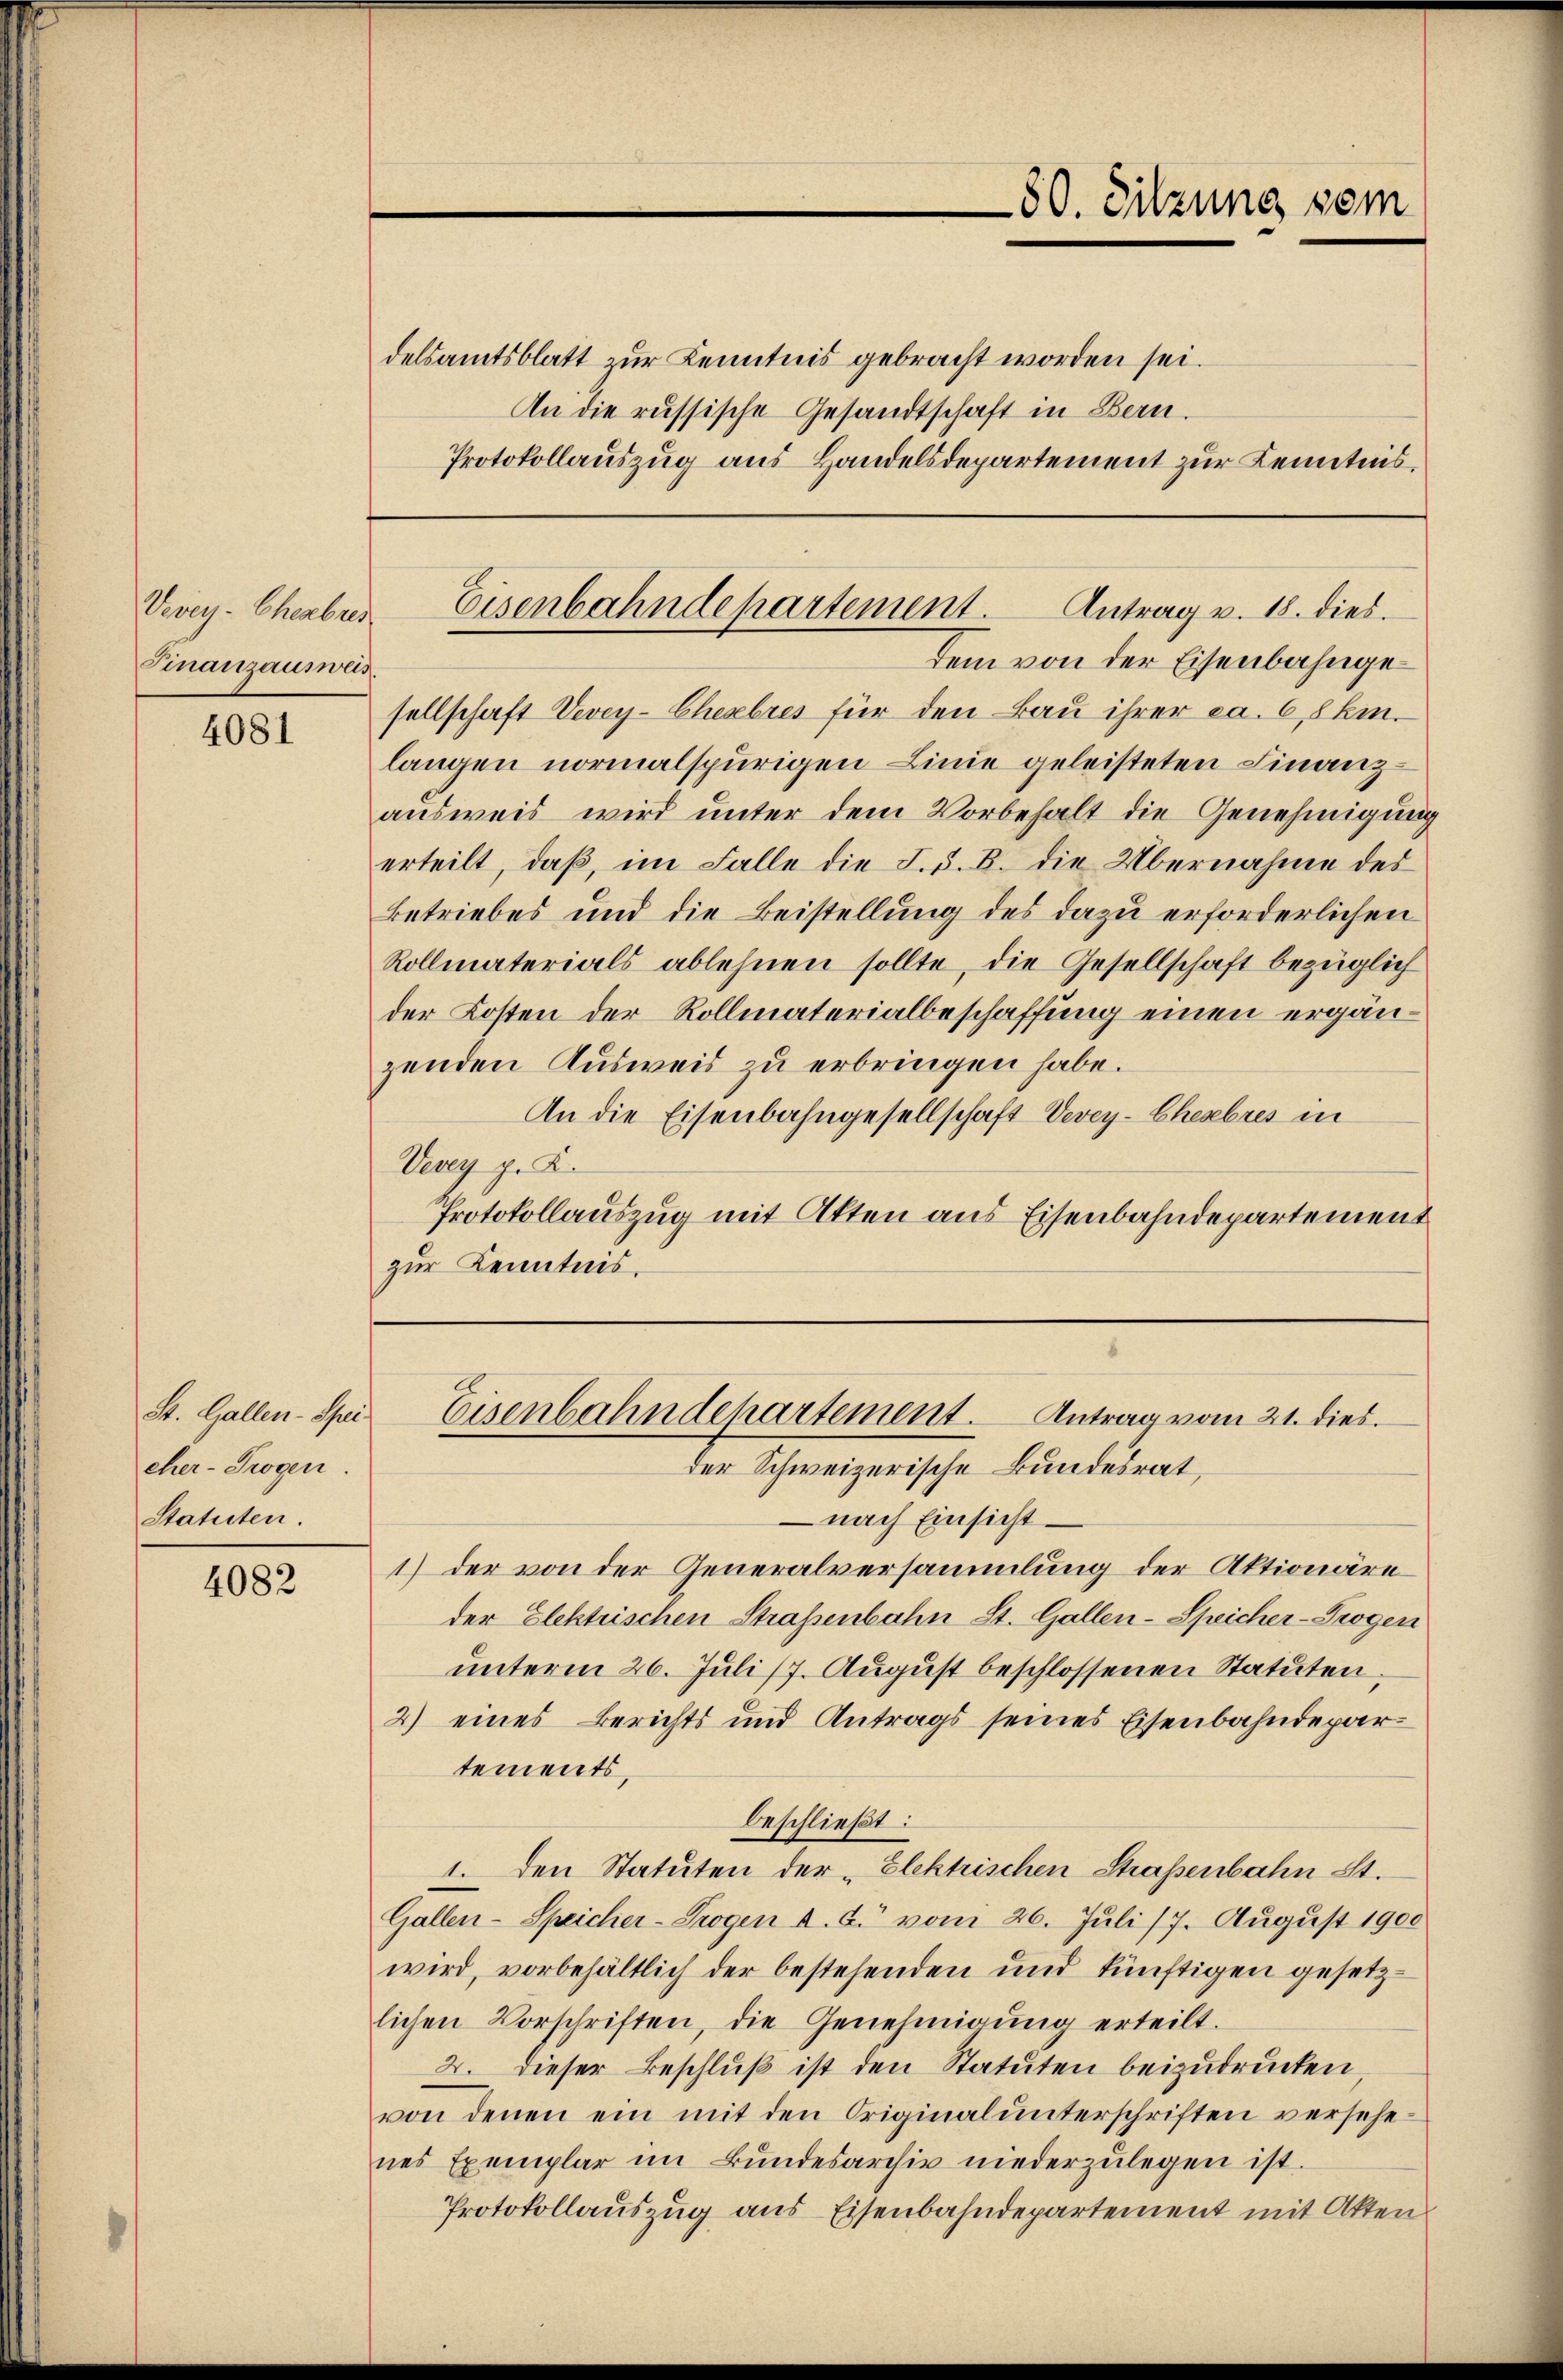
Vevey-Eheabred
Finanzausweis.

4081

St. Gallen-Spi
eher-Trogen.
Statuten.

4082

delsamtsblatt zur Kenntnis gebracht worden sei.
An die russische Gesandtschaft in Bern.
Protokollauszug aus Handelsdepartement zur Kenntnis,

80. Sitzung vom

Eisenbahndehartement.
Antrag v. 18. dies.

dem von der Eisenbahnge
sellschaft Vevey-Chesebres für den Bau ihrer ca. 6, 8 km.
langen normalspurigen Linie geleisteten Finanz-
ausweis wird unter dem Vorbehalt die Genehmigung
erteilt, daß, im Falle die S. 5. B. die Übernahme des
Betriebes und die Beistellung des dazu erforderlichen
Rollmaterials ablehnen sollte, die Gesellschaft bezüglich
der Kosten der Rollmaterialbeschaffung einen ergänzenden Ausweis zu erbringen habe.
An die Eisenbahngesellschaft Vevey-Ehebres in
Vevey p. K.
Protokollauszug mit Akten aus Eisenbahndepartement
zur Kenntnis.

Eisenbahndehartement. Antrag vom 21. dies
der Schweizerische Bundesrat,

– nach Einsicht
1) der von der Generalversammlung der Aktionäre
der Elektrischen Straßenbahn St. Gallen-Speicher-Trogen
unterm 26. Juli 17. August beschlossenen Statuten
2) eines Berichts und Antrags seines Eisenbahndepar
tements,
beschließt:
1. Den Statuten der „Elektrischen Straßenbahn St.
Gallen-Speicher-Trogen d. G. vom 26. Juli 17. August 1900
wird, vorbehältlich der bestehenden und künftigen gesetzlichen Vorschriften, die Genehmigŭng erteilt.
2. dieser Beschluß ist den Statuten beizudrücken,
von denen ein mit den Originalunterschriften versehenes Exemplar im Bundesarchiv niederzulegen ist.
Protokollauszug aus Eisenbahndepartement mit Akten